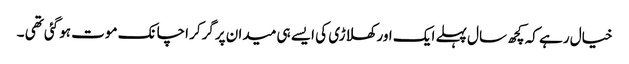
خیال رہے کہ کچھ سال پہلے ایک اور کھلاڑی کی ایسے ہی میدان پرگرکر اچانک موت ہوگئی تھی ۔